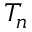
T _ { n }